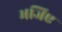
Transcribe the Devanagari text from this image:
भजिए